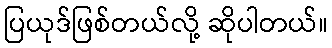
ပြယုဒ်ဖြစ်တယ်လို့ ဆိုပါတယ်။